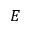
E